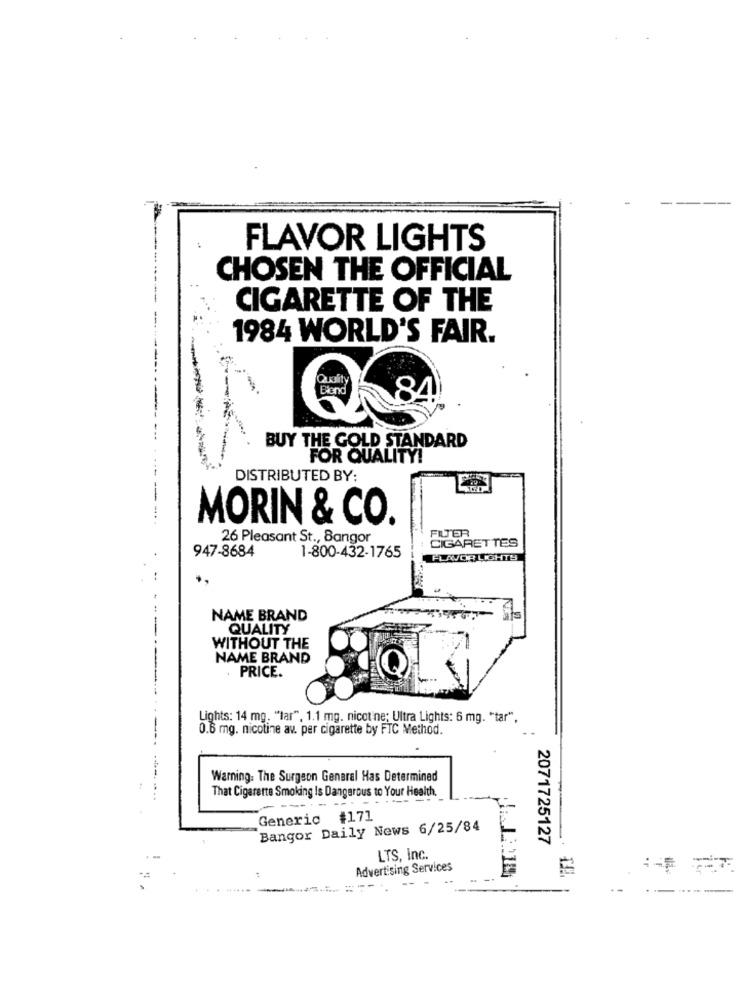
FLAVOR LIGHTS
CHOSEN THE OFFICIAL
CIGARETTE OF THE
1984 WORLD'S FAIR.
Quality
Blend
BUY THE GOLD STANDARD
FOR QUALITY!
DISTRIBUTED BY:
MORIN & CO.
FILTER
26 Pleasant St ., Bangor
CIGARETTES
947-8684
1-800-432-1765
FLAVOR LIGHTS
--
NAME BRAND
-
QUALITY
WITHOUT THE
NAME BRAND
PRICE.
Lights: 14 mg. "lar", 1.1 mg. nicotine; Ultra Lights: 6 mg. "tar".
0.6 mg. nicotine av. per cigarette by FTC Method.
Warning: The Surgeon General Has Determined
That Cigarette Smoking Is Dangerous to Your Health.
Generic #171
Bangor Daily News 6/25/84
2071725127
LTS, Inc.
Advertising Services